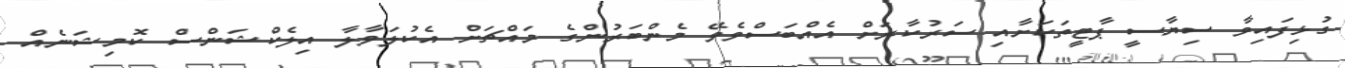
ގުޅިފައިވާ ސިޔާސީ ޕާޓީތަކަށާއި ސަރުކާރަށް އެއްބަސްވެވޭ މެންބަރުންގެ މައްޗަށް އެކުލަވާލާ އިލެކްޝަންސް ކޮމިޝަނެއް